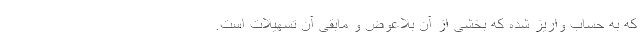
که به حساب واریز شده که بخشی از آن بلاعوض و مابقی آن تسهیلات است.